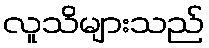
လူသိများသည်